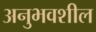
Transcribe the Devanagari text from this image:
अनुभवशील